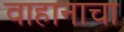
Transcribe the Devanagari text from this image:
वाहानाचा